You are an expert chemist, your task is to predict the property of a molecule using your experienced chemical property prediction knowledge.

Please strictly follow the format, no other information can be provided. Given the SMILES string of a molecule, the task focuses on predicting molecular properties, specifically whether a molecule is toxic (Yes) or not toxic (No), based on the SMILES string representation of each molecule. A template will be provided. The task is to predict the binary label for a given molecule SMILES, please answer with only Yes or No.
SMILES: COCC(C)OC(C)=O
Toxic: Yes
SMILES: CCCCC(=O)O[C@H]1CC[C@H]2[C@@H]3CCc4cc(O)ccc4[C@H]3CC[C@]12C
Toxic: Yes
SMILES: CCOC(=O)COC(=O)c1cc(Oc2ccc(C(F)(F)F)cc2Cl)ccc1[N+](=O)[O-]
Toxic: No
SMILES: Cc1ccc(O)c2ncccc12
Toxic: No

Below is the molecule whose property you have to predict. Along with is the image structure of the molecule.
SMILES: C=CC(=O)NCNC(=O)C=C
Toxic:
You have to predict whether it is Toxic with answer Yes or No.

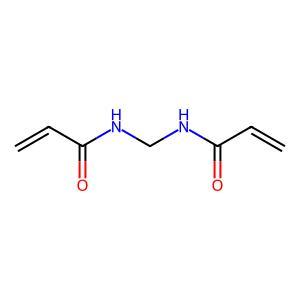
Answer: No